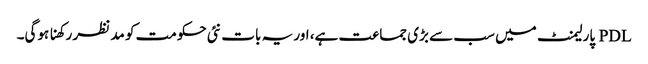
PDL پارلیمنٹ میں سب سے بڑی جماعت ہے، اور یہ بات نئی حکومت کو مد نظر رکھنا ہوگی۔